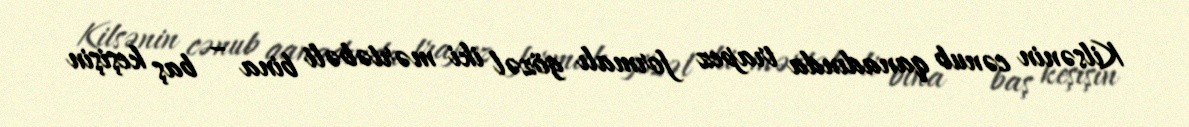
Kilsənin cənub qanadında trapez formalı gözəl iki mərtəbəli bina – baş keşişin